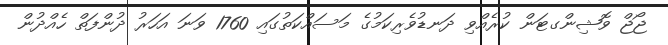
ޖޯޖް ވޮޝިންގޓަން ކުރެއްވި ދަނޑުވެރިކަމުގެ މަސައްކަތުގައި 1760 ވަނަ އަހަރު ދުންފަތް ހެއްދުން